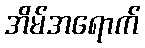
အိမ်အရောက်